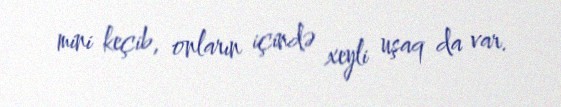
mini keçib, onların içində xeyli uşaq da var.